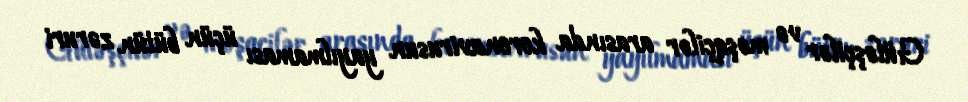
Güləşçilər və məşqçilər arasında koronavirusun yayılmaması üçün bütün zəruri